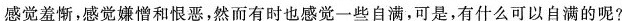
感觉羞惭，感觉嫌憎和恨恶，然而有时也感觉一些自满。可是，有什么可以自满的呢?